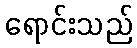
ရောင်းသည်